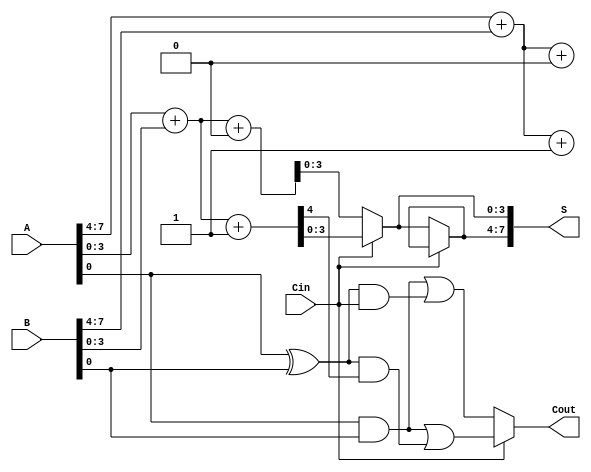
module CarrySelectAdder #(parameter N = 8) (
    input  [N-1:0] A,      // First n-bit input
    input  [N-1:0] B,      // Second n-bit input
    input         Cin,      // Input carry
    output [N-1:0] S,       // n-bit sum output
    output        Cout      // Output carry
);

    // Number of bits in each segment
    localparam SEGMENT_SIZE = 4; // You can change this to 2 or 4 based on your design
    localparam NUM_SEGMENTS = N / SEGMENT_SIZE;

    wire [SEGMENT_SIZE-1:0] sum0 [0:NUM_SEGMENTS-1]; // Sums for Cin = 0
    wire [SEGMENT_SIZE-1:0] sum1 [0:NUM_SEGMENTS-1]; // Sums for Cin = 1
    wire [NUM_SEGMENTS-1:0] carry0;                    // Carries for Cin = 0
    wire [NUM_SEGMENTS-1:0] carry1;                    // Carries for Cin = 1
    wire [NUM_SEGMENTS-1:0] P;                          // Propagate signals
    wire [NUM_SEGMENTS-1:0] G;                          // Generate signals

    // Generate and Propagate signals for each segment
    genvar i;
    generate
        for (i = 0; i < NUM_SEGMENTS; i = i + 1) begin : segment
            wire [SEGMENT_SIZE-1:0] A_segment = A[i*SEGMENT_SIZE +: SEGMENT_SIZE];
            wire [SEGMENT_SIZE-1:0] B_segment = B[i*SEGMENT_SIZE +: SEGMENT_SIZE];

            assign P[i] = A_segment ^ B_segment; // Propagate
            assign G[i] = A_segment & B_segment; // Generate

            // 4-bit adders for Cin = 0 and Cin = 1
            assign {carry0[i], sum0[i]} = A_segment + B_segment + 0; // Cin = 0
            assign {carry1[i], sum1[i]} = A_segment + B_segment + 1; // Cin = 1
        end
    endgenerate

    // Carry Lookahead Logic
    assign carry0[0] = Cin; // First carry is the input carry
    generate
        for (i = 1; i < NUM_SEGMENTS; i = i + 1) begin : carry_logic
            assign carry0[i] = G[i-1] | (P[i-1] & carry0[i-1]); // Carry for Cin = 0
            assign carry1[i] = G[i-1] | (P[i-1] & carry1[i-1]); // Carry for Cin = 1
        end
    endgenerate

    // Final sum and carry output selection
    assign S = {sum1[NUM_SEGMENTS-1], sum0[NUM_SEGMENTS-1]}; // Default to last segment
    assign Cout = (Cin) ? carry1[NUM_SEGMENTS-1] : carry0[NUM_SEGMENTS-1];

    generate
        for (i = 0; i < NUM_SEGMENTS; i = i + 1) begin : mux
            assign S[i*SEGMENT_SIZE +: SEGMENT_SIZE] = (Cin) ? sum1[i] : sum0[i];
        end
    endgenerate

endmodule